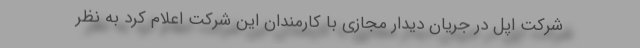
شرکت اپل در جریان دیدار مجازی با کارمندان این شرکت اعلام کرد به نظر